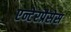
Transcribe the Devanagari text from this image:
एन्टेरप्रैसेस